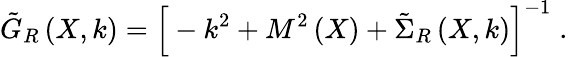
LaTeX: \tilde{G}_{R}\left(X,k\right)=\Big[-k^{2}+M^{2}\left(X\right)+\tilde{\Sigma}_{R}\left(X,k\right)\Big]^{-1}\; .